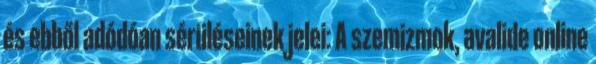
és ebből adódóan sérüléseinek jelei: A szemizmok, avalide online